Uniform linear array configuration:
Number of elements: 64
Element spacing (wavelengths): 1
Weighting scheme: cosine
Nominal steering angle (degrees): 45
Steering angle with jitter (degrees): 43.36
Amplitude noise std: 0.05
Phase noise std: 0.05

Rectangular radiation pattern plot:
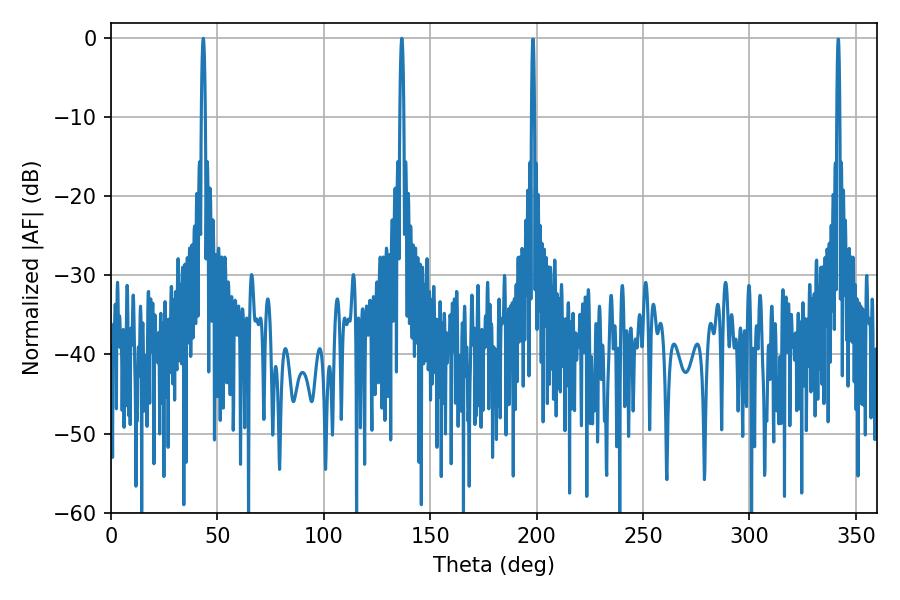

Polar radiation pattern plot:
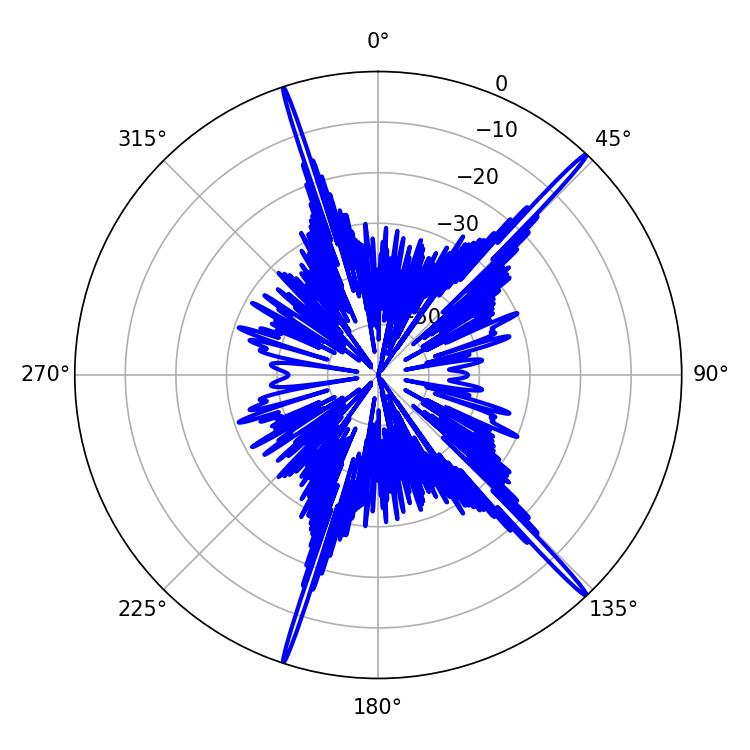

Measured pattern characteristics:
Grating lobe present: TRUE
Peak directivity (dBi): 20.162
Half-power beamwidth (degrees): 1.08
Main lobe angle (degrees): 43.38